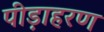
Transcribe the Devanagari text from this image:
पीड़ाहरण